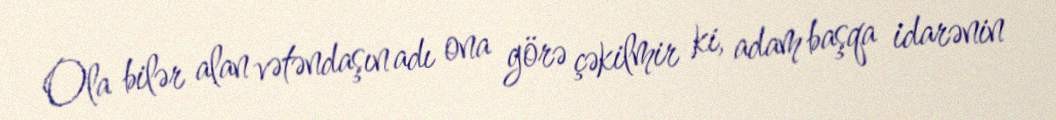
Ola bilər alan vətəndaşın adı ona görə çəkilmir ki, adam başqa idarənin